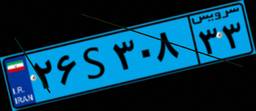
۲۶S۳۰۸۳۳